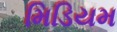
મિડિયમ